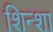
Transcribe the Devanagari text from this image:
शिन्शा